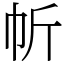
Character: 㠼